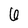
Character: 6